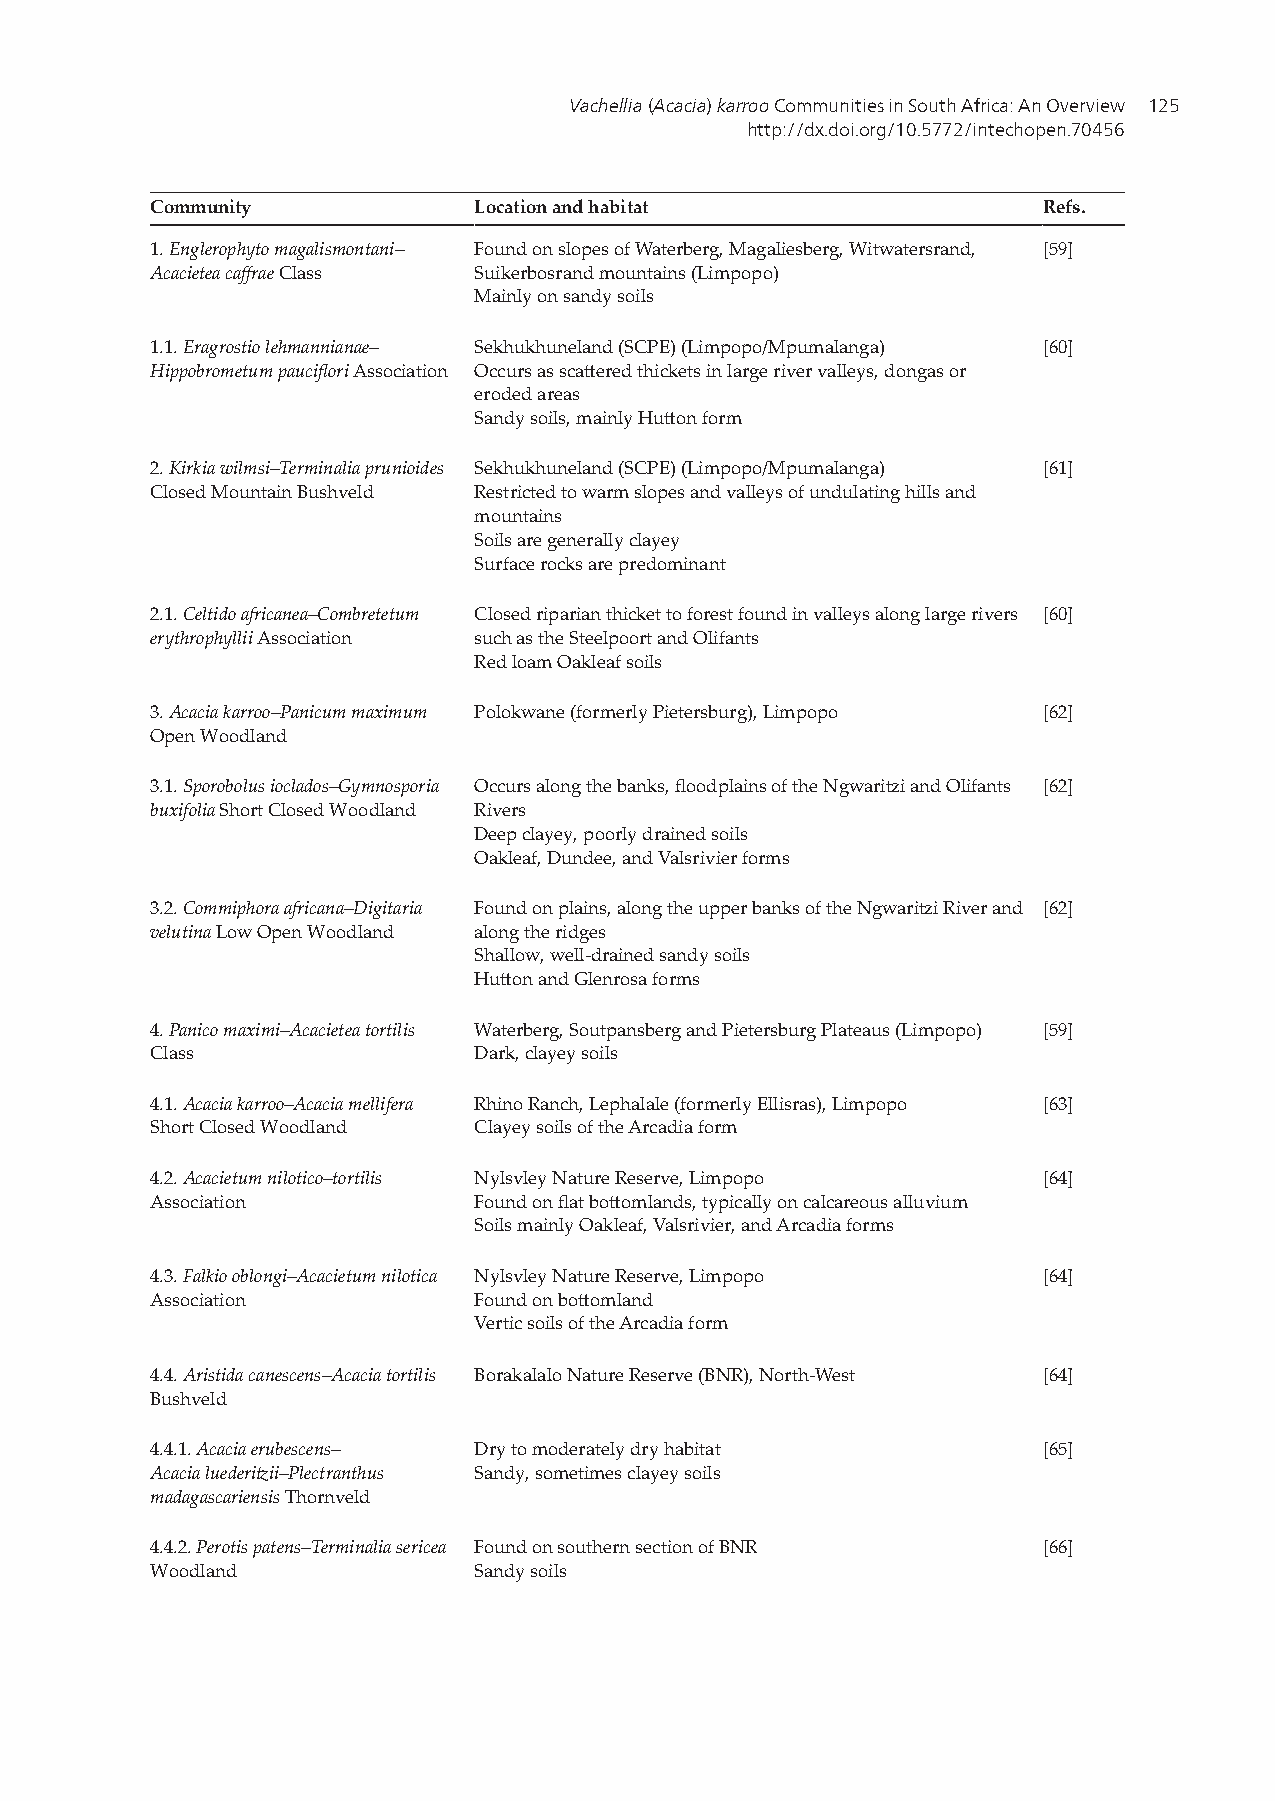
Vachellia (Acacia) karroo Communities in South Africa: An Overview 125
 http://dx.doi.org/10.5772/intechopen.70456
 Community            Location and habitat                  Refs.
 1. Englerophyto magalismontani– Found on slopes of Waterberg, Magaliesberg, Witwatersrand, [59]
 Acacietea caffrae Class Suikerbosrand mountains (Limpopo)
 Mainly on sandy soils
 1.1. Eragrostio lehmannianae– Sekhukhuneland (SCPE) (Limpopo/Mpumalanga) [60]
 Hippobrometum pauciflori Association Occurs as scattered thickets in large river valleys, dongas or
 eroded areas
 Sandy soils, mainly Hutton form
 2. Kirkia wilmsi–Terminalia prunioides Sekhukhuneland (SCPE) (Limpopo/Mpumalanga) [61]
 Closed Mountain Bushveld Restricted to warm slopes and valleys of undulating hills and
 mountains
 Soils are generally clayey
 Surface rocks are predominant
 2.1. Celtido africanea–Combretetum Closed riparian thicket to forest found in valleys along large rivers [60]
 erythrophyllii Association such as the Steelpoort and Olifants
 Red loam Oakleaf soils
 3. Acacia karroo–Panicum maximum Polokwane (formerly Pietersburg), Limpopo [62]
 Open Woodland
 3.1. Sporobolus ioclados–Gymnosporia Occurs along the banks, floodplains of the Ngwaritzi and Olifants [62]
 buxifolia Short Closed Woodland Rivers
 Deep clayey, poorly drained soils
 Oakleaf, Dundee, and Valsrivier forms
 3.2. Commiphora africana–Digitaria Found on plains, along the upper banks of the Ngwaritzi River and [62]
 velutina Low Open Woodland along the ridges
 Shallow, well-drained sandy soils
 Hutton and Glenrosa forms
 4. Panico maximi–Acacietea tortilis Waterberg, Soutpansberg and Pietersburg Plateaus (Limpopo) [59]
 Class                Dark, clayey soils
 4.1. Acacia karroo–Acacia mellifera Rhino Ranch, Lephalale (formerly Ellisras), Limpopo [63]
 Short Closed Woodland Clayey soils of the Arcadia form
 4.2. Acacietum nilotico–tortilis Nylsvley Nature Reserve, Limpopo [64]
 Association          Found on flat bottomlands, typically on calcareous alluvium
 Soils mainly Oakleaf, Valsrivier, and Arcadia forms
 4.3. Falkio oblongi–Acacietum nilotica Nylsvley Nature Reserve, Limpopo [64]
 Association          Found on bottomland
 Vertic soils of the Arcadia form
 4.4. Aristida canescens–Acacia tortilis Borakalalo Nature Reserve (BNR), North-West [64]
 Bushveld
 4.4.1. Acacia erubescens– Dry to moderately dry habitat    [65]
 Acacia luederitzii–Plectranthus Sandy, sometimes clayey soils
 madagascariensis Thornveld
 4.4.2. Perotis patens–Terminalia sericea Found on southern section of BNR [66]
 Woodland             Sandy soils